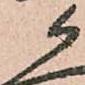
候